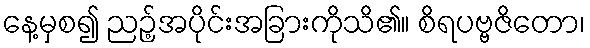
နေ့မှစ၍ ညဉ့်အပိုင်းအခြားကိုသိ၏။ စိရပဗ္ဗဇိတော၊